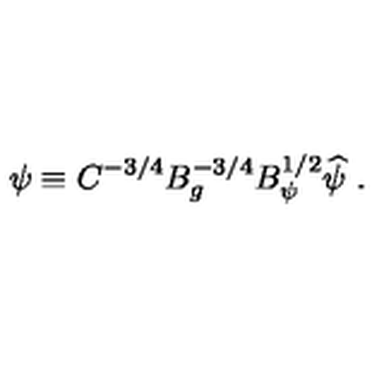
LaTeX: \psi \equiv C ^ { - 3 / 4 } B _ { g } ^ { - 3 / 4 } B _ { \psi } ^ { 1 / 2 } \widehat \psi \ .